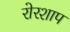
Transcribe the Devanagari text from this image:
रोरशाप